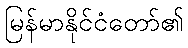
မြန်မာနိုင်ငံတော်၏